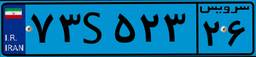
۸۵S۶۶۰۹۶